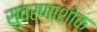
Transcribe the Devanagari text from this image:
सुवर्णाशोक